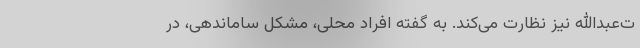
ت‌عبدالله نیز نظارت می‌کند. به گفته افراد محلی، مشکل ساماندهی، در